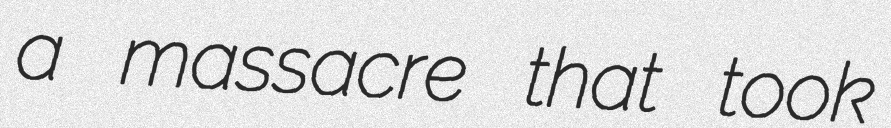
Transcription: a massacre that took